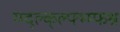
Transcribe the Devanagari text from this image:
ग्म्द्ल्क्ल्फ्भ्म्फश्र